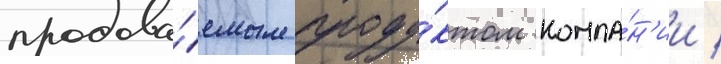
продава́емым проду́ктом компа́н'ии /